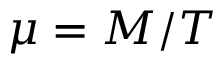
\mu = M / T